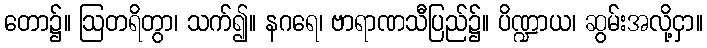
တော၌။ ဩတရိတွာ၊ သက်၍။ နဂရေ၊ ဗာရာဏသီပြည်၌။ ပိဏ္ဍာယ၊ ဆွမ်းအလို့ငှာ။